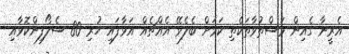
އެރީނާ ގެއިން މަސްތުވާތަކެތި ކަމަށް ބެލެވޭ އެއްޗެއް އަޅާފައި ހުރި 80 ސެލޯފިންކޮޅާއި